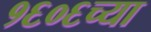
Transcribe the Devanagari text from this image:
१६०६च्या